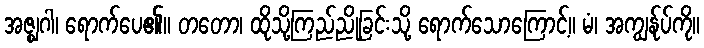
အဇ္ဈဂါ၊ ရောက်ပေ၏။ တတော၊ ထိုသို့ကြည်ညိုခြင်းသို့ ရောက်သောကြောင့်။ မံ၊ အကျွန်ုပ်ကို။